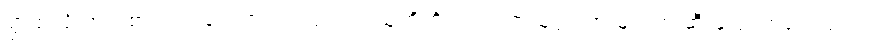
ရွာထဲသို့ ဟင်းစားဝယ် ရောက်လာကြသည့် သူတို့ကိုလည်း ရွာသူရွာသားများက ဆီးပြောကြလေသည်။